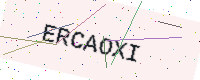
Text: ERCAOXI